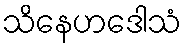
သိနေဟဒေါသံ